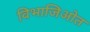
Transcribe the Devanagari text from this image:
विभाजिओत